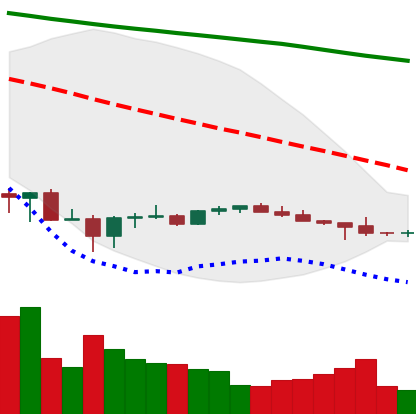
Ticker: BTC-USD
Chart end date: 2022-07-03
Forward return: 12.613%
Label: up_7plus